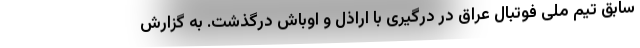
سابق تیم ملی فوتبال عراق در درگیری با اراذل و اوباش درگذشت. به گزارش